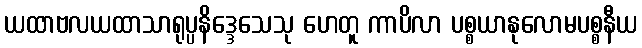
ယထာဗလယထာသာရုပ္ပနိဒ္ဒေသေသု ဟေတူ ကာပိလာ ပစ္စယာနုလောမပစ္စနီယ